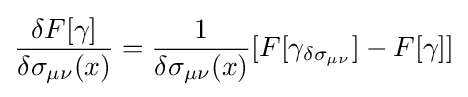
{\frac {\delta F[\gamma ]}{\delta \sigma _{\mu \nu }(x)}}={\frac {1}{\delta \sigma _{\mu \nu }(x)}}[F[\gamma _{\delta \sigma _{\mu \nu }}]-F[\gamma ]]